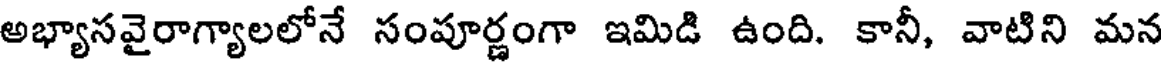
అభ్యాసవైరాగ్యాలలోనే సంపూర్ణంగా ఇమిడి ఉంది. కానీ, వాటిని మన